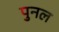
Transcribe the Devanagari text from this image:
पुनल